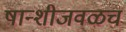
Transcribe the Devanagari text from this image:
षान्शीजवळच